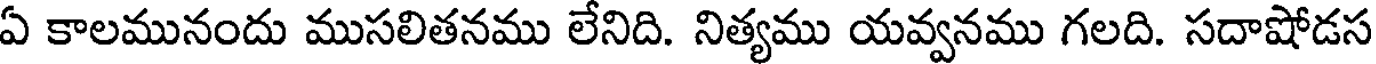
ఏ కాలమునందు ముసలితనము లేనిది. నిత్యము యవ్వనము గలది. సదాషోడస